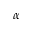
\alpha